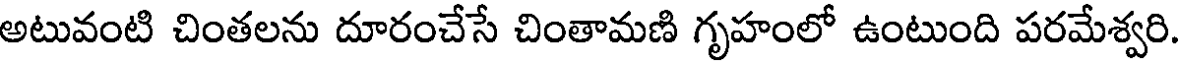
అటువంటి చింతలను దూరంచేసే చింతామణి గృహంలో ఉంటుంది పరమేశ్వరి